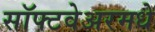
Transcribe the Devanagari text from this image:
सॉफ्टवेअरमधे